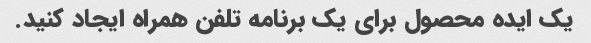
یک ایده محصول برای یک برنامه تلفن همراه ایجاد کنید.